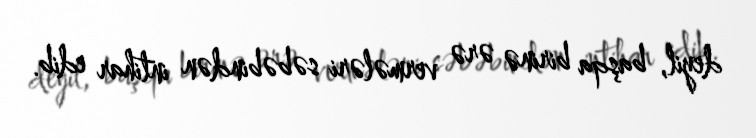
deyil, başqa birinə ərə vermələri səbəbindən intihar edib.